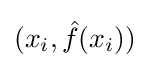
(x_{i},{\hat {f}}(x_{i}))